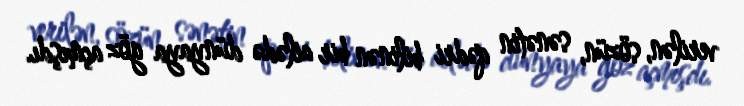
verilən, sözün, sənətin qədri bilinən bir ailədə dünyaya göz açmışdı.